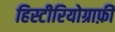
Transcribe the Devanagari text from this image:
हिस्टीरियोग्राफ़ी